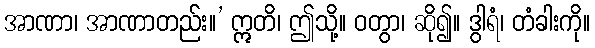
အာဏာ၊ အာဏာတည်း။’ ဣတိ၊ ဤသို့။ ဝတွာ၊ ဆို၍။ ဒွါရံ၊ တံခါးကို။